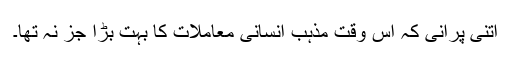
اتنی پرانی کہ اس وقت مذہب انسانی معاملات کا بہت بڑا جز نہ تھا۔